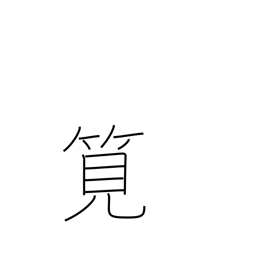
Meaning: flume